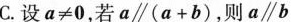
C.设$$a ≠ 0$$，若a \parallel (a+b)，则a//b